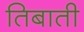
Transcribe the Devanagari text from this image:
तिबाती